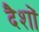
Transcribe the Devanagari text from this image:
दैशों